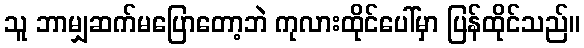
သူ ဘာမျှဆက်မပြောတော့ဘဲ ကုလားထိုင်ပေါ်မှာ ပြန်ထိုင်သည်။